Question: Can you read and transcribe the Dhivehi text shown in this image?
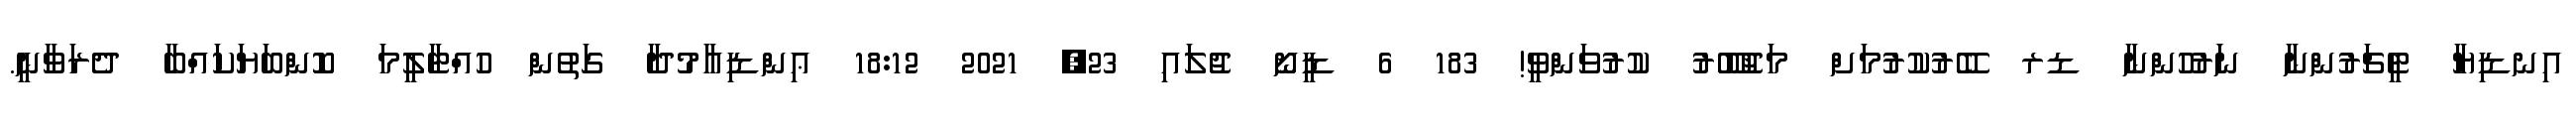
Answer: އިނޑިޔާ ޓީޗަރުންނާ ނަަރުހުންނާ ޑރ ބޭރުކުރުމަށް މަޖުބޫރު ކުރުވަންވީ! 183 6 ޑީނޯ ޖުލައި 23, 2021 18:12 ޢިންޑިއާމުދާ ގަތުން ހުއްޓާލީމަ ކޮންބަޔަކައްބާ ދެރަވާނީ.